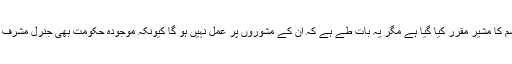
یہ تو نہیں بتایا گیا کہ ڈاکٹر شاہد مسعود کو کس قسم کا مشیر مقرر کیا گیا ہے مگر یہ بات طے ہے کہ ان کے مشوروں پر عمل نہیں ہو گا کیونکہ موجودہ حکومت بھی جنرل مشرف کی طرح کسی اور کے مشوروں پر عمل پیرا ہے۔